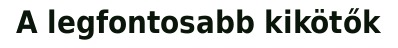
A legfontosabb kikötők